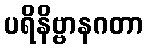
ပရိနိဗ္ဗာနဂတာ